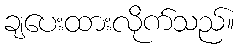
ချပေးထားလိုက်သည်။